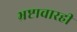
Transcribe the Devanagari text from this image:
भ्रष्टाचारही